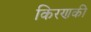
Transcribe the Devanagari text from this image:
किरणकी